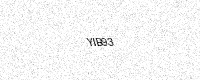
Text: YIB93